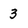
Character: 3